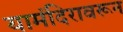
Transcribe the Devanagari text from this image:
यामंदिरावरून